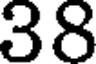
38